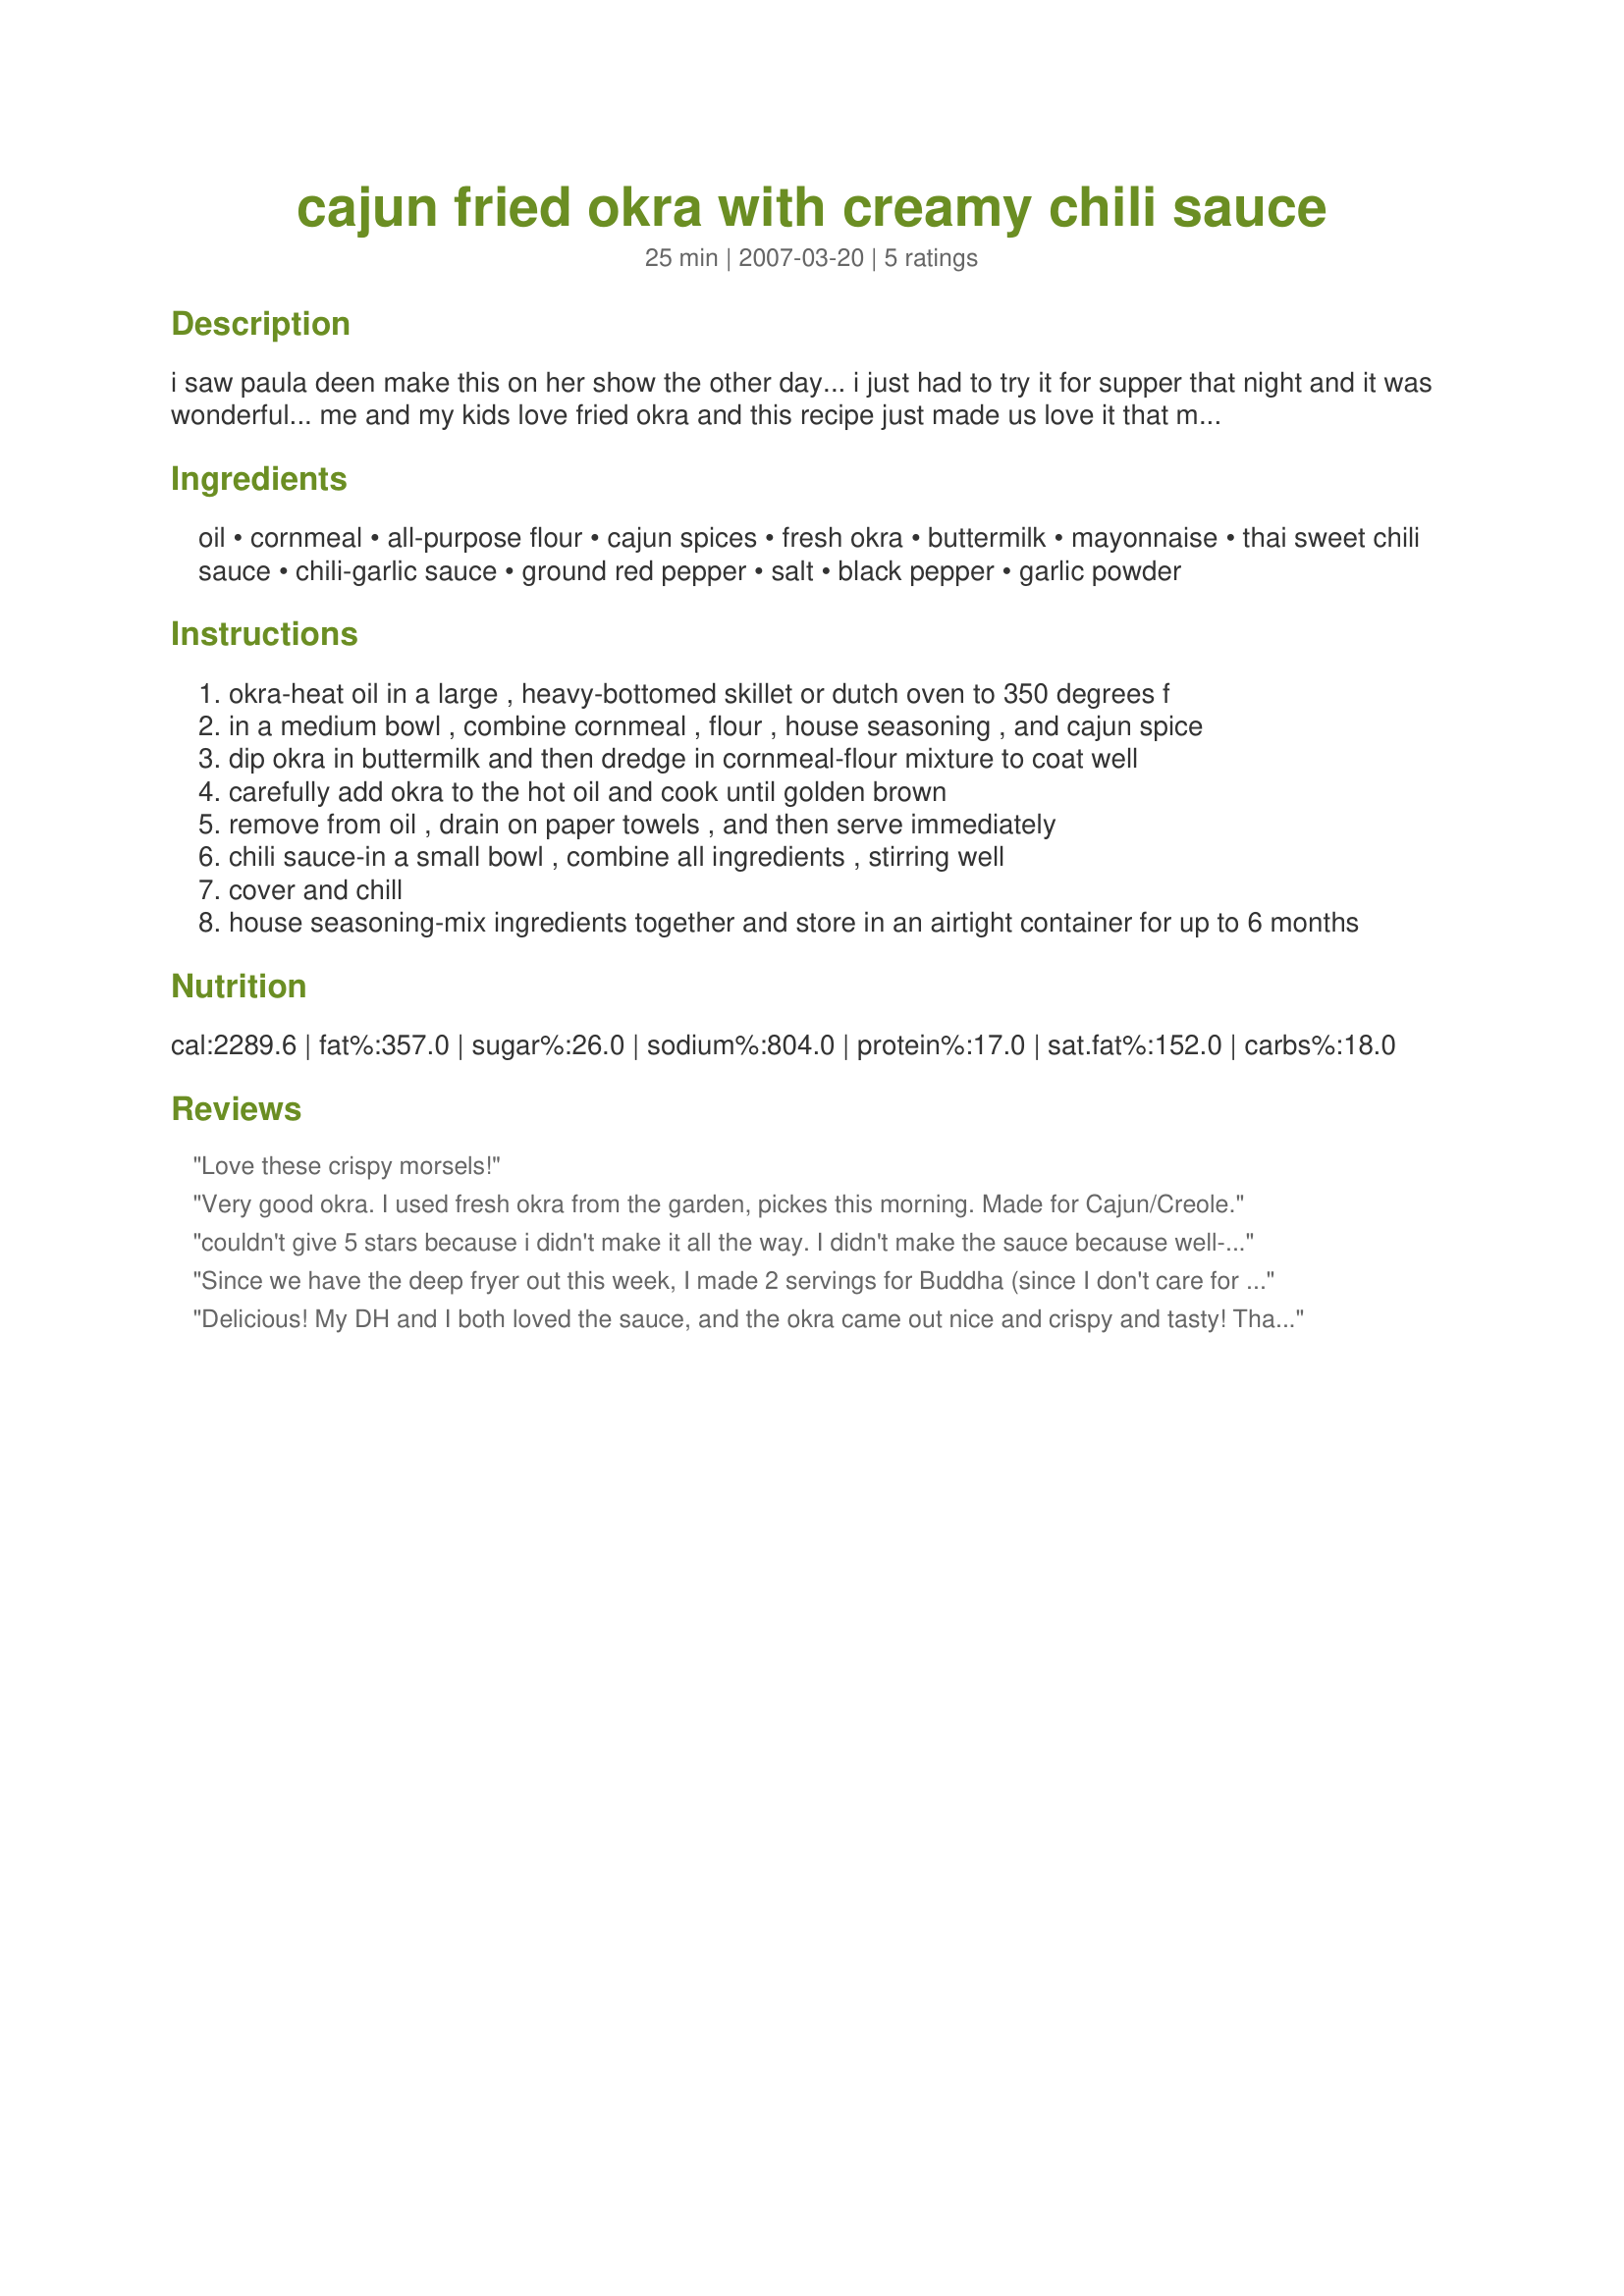
cajun fried okra with creamy chili sauce
Preparation time: 25 minutes

i saw paula deen make this on her show the other day... i just had to try it for supper that night and it was wonderful... me and my kids love fried okra and this recipe just made us love it that much more.... hope you enjoy it...i didn't make the chili sauce that went with it.... but, i'm adding that on here as well....

Ingredients:
oil, cornmeal, all-purpose flour, cajun spices, fresh okra, buttermilk, mayonnaise, thai sweet chili sauce, chili-garlic sauce, ground red pepper, salt, black pepper, garlic powder

Steps:
okra-heat oil in a large , heavy-bottomed skillet or dutch oven to 350 degrees f
in a medium bowl , combine cornmeal , flour , house seasoning , and cajun spice
dip okra in buttermilk and then dredge in cornmeal-flour mixture to coat well
carefully add okra to the hot oil and cook until golden brown
remove from oil , drain on paper towels , and then serve immediately
chili sauce-in a small bowl , combine all ingredients , stirring well
cover and chill
house seasoning-mix ingredients together and store in an airtight container for up to 6 months

Reviews:
Love these crispy morsels!
Very good okra. I used fresh okra from the garden, pickes this morning. Made for Cajun/Creole.
couldn't give 5 stars because i didn't make it all the way. I didn't make the sauce because well- couldn't find the ingredients! :-( I love Paula and anything she fries up has to be GREAT- this went over well with the whole family. but let me tell you that 1 lb of okra will feed 4 people. thanks for sharing another one of paula's master recipes
Since we have the deep fryer out this week, I made 2 servings for Buddha (since I don't care for okra). He really loved this. I didn't have the chili sauces, so I took mayo, Recipe #265068, added a bit of honey to get it sweet, and a dash of garlic powder for the garlic, and omitted the red pepper. This was what I came up with, in order to similate the chili sauce. It turned out really well. The okra fried up nice and golden. I even tried a piece and liked it. Thanks for posting. :)
Delicious! My DH and I both loved the sauce, and the okra came out nice and crispy and tasty! Thank you gert!
